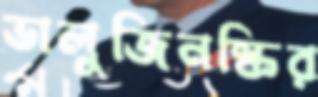
ভালুজিনস্কির